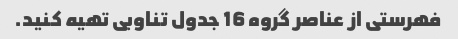
فهرستی از عناصر گروه 16 جدول تناوبی تهیه کنید.